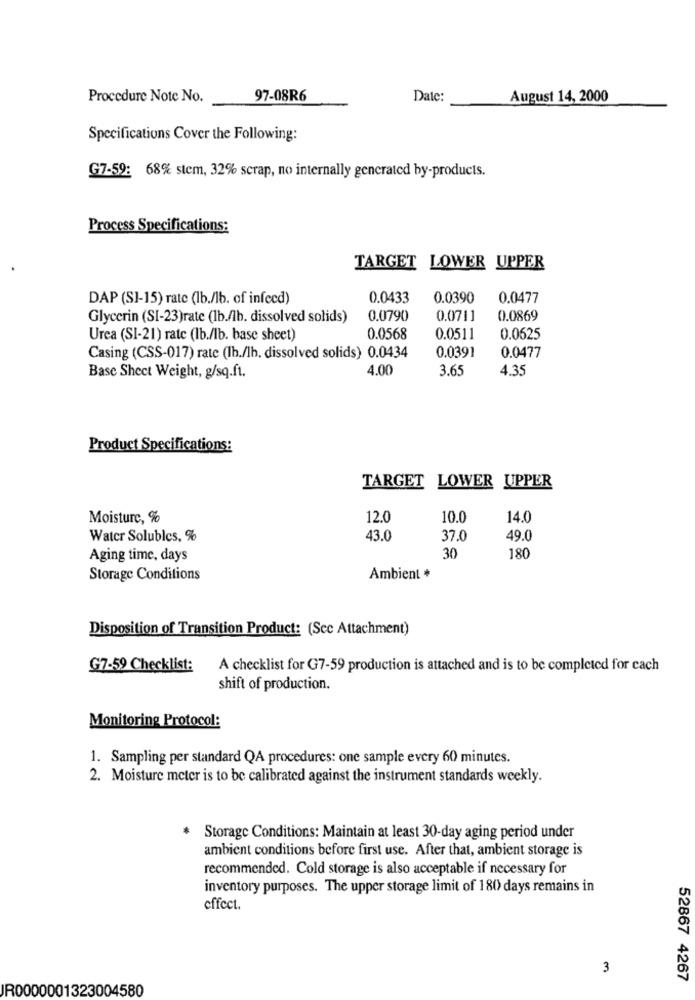
Procedure Note No.
97-08R6
Date:
August 14, 2000
Specifications Cover the Following:
G7-59: 68% stem, 32% scrap, no internally generated by-products.
Process Specifications:
TARGET LOWER UPPER
DAP (S1-15) rate (lb./lb. of infecd)
0.0433
0.0390
0.0477
Glycerin (SI-23)rate (lb./lb. dissolved solids)
0.0790
0.0711
0.0869
Urea (SI-21) rate (Ib./lb. base sheet)
0.0568
0.0511
0.0625
0.0391
Casing (CSS-017) rate (Ib./Ih, dissolved solids) 0.0434
0.0477
4.00
3.65
4.35
Basc Shect Weight, g/sq.ft.
Product Specifications:
TARGET LOWER UPPER
Moisture, %
12.0
10.0
14.0
Water Solubles, %
43.0
37.0
49.0
Aging time, days
30
180
Storage Conditions
Ambient *
Disposition of Transition Product: (Scc Attachment)
G7-59 Checklist:
A checklist for G7-59 production is attached and is to be completed for cach
shift of production.
Monitoring Protocol:
1. Sampling per standard QA procedures: one sample every 60 minutes.
2. Moisture meter is to be calibrated against the instrument standards weekly.
Storage Conditions: Maintain at least 30-day aging period under
ambient conditions before first use. After that, ambient storage is
recommended. Cold storage is also acceptable if necessary for
inventory purposes. The upper storage limit of 180 days remains in
effect.
3
52867 4267
JR0000001323004580